Lunatic asylums Madras 1892-1911 - 1892-1911
Year: 1892
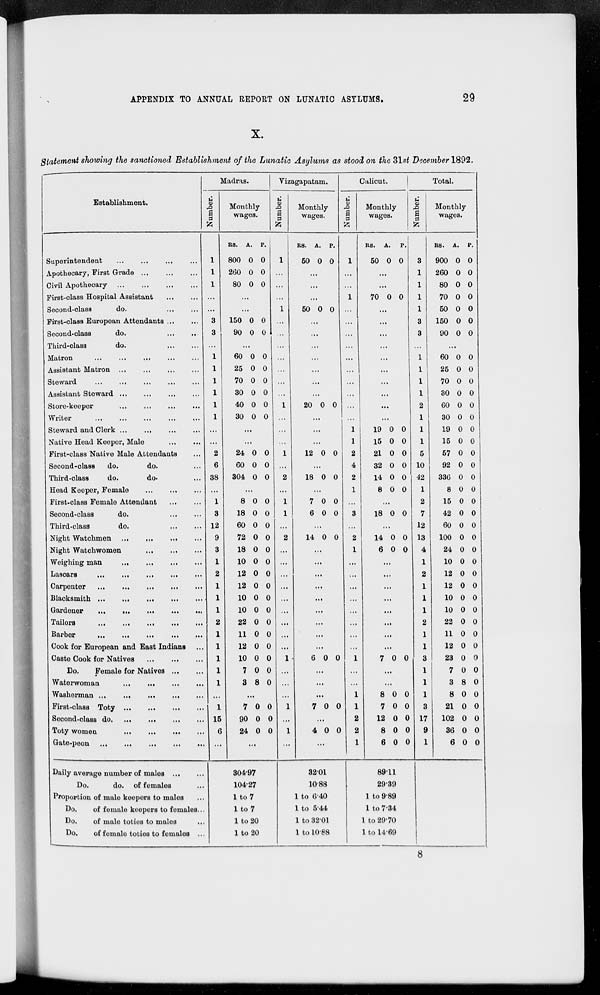
APPENDIX TO ANNUAL REPORT ON LUNATIC ASYLUMS.
29
X.
Statement showing the sanctioned Establishment of the Lunatic Asylums as stood on the 31st December 1892.
Establishment.
Superintendent ... ... ... ...
Apothecary, First Grade
...
...
...
Civil Apothecary
...
...
...
...
First-class Hospital Assistant ... ...
Second-class
do. ... ...
First-class European Attendants ... ...
Second-class
do. ... ...
Third-class
do.
...
...
Matron
...
...
...
...
...
Assistant Matron
...
...
...
...
Steward ... ... ... ...
Assistant Steward ... ... ... ...
Store-keeper ... ... ... ...
Writer
...
...
...
...
...
Steward and Clerk
...
...
...
...
Native Head Keeper, Male ... ...
First-class Native Male Attendants ...
Second-class
do.
do. ...
Third-class
do.
do. ...
Head Keeper, Female
...
...
...
First-class Female Attendant ... ...
Second-class
do.
...
...
Third-class
do.
...
...
Night Watchmen ... ... ... ...
Night Watchwomen
...
...
...
Weighing man
...
...
...
...
Lascars
...
...
...
...
...
Carpenter
...
...
...
...
...
Blacksmith
...
...
...
...
...
Gardener
...
...
...
...
...
Tailors
...
...
...
...
...
Barber
...
...
...
...
...
Cook for European and East Indians ...
Caste Cook for Natives
...
...
...
Do.
Female for Natives
...
...
Waterwoman
...
...
...
...
...
Washerman
...
...
...
...
...
First-class Toty
...
...
...
...
Second-class
do. ... ... ... ...
Toty women
...
...
...
...
Gate-peon
...
...
...
...
...
Daily average number of males
...
...
Do.
do. of females ...
Proportion of male keepers to males ...
Do.
of female keepers to females ...
Do.
of male toties to males ...
Do.
of female toties to females ...
Madras.
Number.
1
1
1
...
...
3
3
...
...
...
...
...
...
...
...
...
2
6
38
...
1
3
12
9
3
1
2
1
1
1
2
1
1
1
1
1
...
1
15
6
...
Monthly
wages.
Rs.
800
260
80
A.
0
0
0
P.
0
0
0
...
...
150
90
0
0
0
0
...
60
25
70
30
40
30
0
0
0
0
0
0
0
0
0
0
0
0
...
...
24
60
304
0
0
0
0
0
0
...
8
18
60
72
18
10
12
12
10
10
22
11
12
10
7
3
0
0
0
0
0
0
0
0
0
0
0
0
0
0
0
8
0
0
0
0
0
0
0
0
0
0
0
0
0
0
0
0
...
7
90
24
0
0
0
0
0
0
...
304.97
104.27
1 to 7
1 to 7
1 to 20
1 to 20
Vizagapatam.
Number.
1
...
...
...
1
...
...
...
...
...
...
...
1
...
...
...
1
...
2
...
1
1
...
2
...
...
...
...
...
...
...
...
...
1
...
...
...
1
...
1
...
Monthly
wages.
Rs.
50
A.
0
P.
0
...
...
...
50 0 0
...
...
...
...
...
...
...
20 0 0
...
...
...
12 0 0
...
18 0 0
...
7
6
0
0
0
0
...
14 0 0
...
...
...
...
...
...
...
...
...
6 0 0
...
...
...
7 0 0
...
4 0 0
...
32.01
10.88
1 to 6.40
1 to 5.44
1 to 32.01
1 to 10.88
Calicut.
Number.
1
...
...
1
...
...
...
...
...
...
...
...
...
...
1
1
2
4
2
1
...
3
...
2
1
...
...
...
...
...
...
...
...
1
...
...
1
1
2
2
1
Monthly
wages.
Rs.
50
A.
0
P.
0
...
...
70 0 0
...
...
...
...
...
...
...
...
...
...
19
15
21
32
14
8
0
0
0
0
0
0
0
0
0
0
0
0
...
18 0 0
...
14
6
0
0
0
0
...
...
...
...
...
...
...
...
7 0 0
...
...
8
7
12
8
6
0
0
0
0
0
0
0
0
0
0
89.11
29.39
1 to 9.89
1 to 7.34
1 to 29.70
1 to 14.69
Total.
Number.
3
1
1
1
1
3
3
...
1
1
1
1
2
1
1
1
5
10
42
1
2
7
12
13
4
1
2
1
1
1
2
1
1
3
1
1
1
3
17
9
1
Monthly
wages.
Rs.
900
260
80
70
50
150
90
A.
0
0
0
0
0
0
0
P.
0
0
0
0
0
0
0
...
60
25
70
30
60
30
19
15
57
92
336
8
15
42
60
100
24
10
12
12
10
10
22
11
12
23
7
3
8
21
102
36
6
0
0
0
0
0
0
0
0
0
0
0
0
0
0
0
0
0
0
0
0
0
0
0
0
0
0
0
8
0
0
0
0
0
0
0
0
0
0
0
0
0
0
0
0
0
0
0
0
0
0
0
0
0
0
0
0
0
0
0
0
0
0
0
0
0
0
8